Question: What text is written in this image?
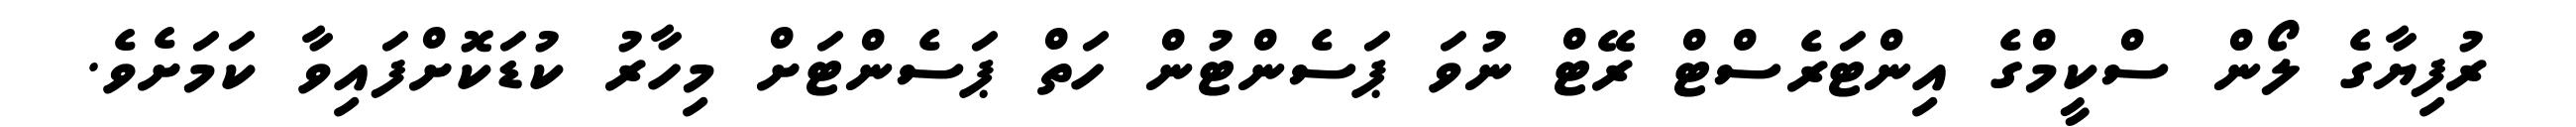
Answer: ރުފިޔާގެ ލޯން ސްކީމްގެ އިންޓަރެސްޓް ރޭޓް ނުވަ ޕަސެންޓުން ހަތް ޕަސެންޓަށް މިހާރު ކުޑަކޮށްފައިވާ ކަމަށެވެ.